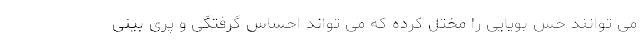
می توانند حس بویایی را مختل کرده که می تواند احساس گرفتگی و پری بینی